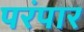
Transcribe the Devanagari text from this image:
परंपार